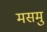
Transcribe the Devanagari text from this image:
मसमु